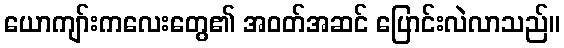
ယောကျာ်းကလေးတွေ၏ အဝတ်အဆင် ပြောင်းလဲလာသည်။